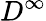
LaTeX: D^{\infty}